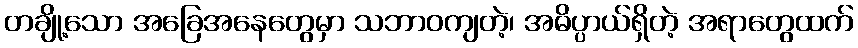
တချို့သော အခြေအနေတွေမှာ သဘာဝကျတဲ့၊ အဓိပ္ပာယ်ရှိတဲ့ အရာတွေထက်